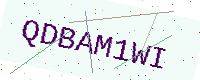
Text: QDBAM1WI